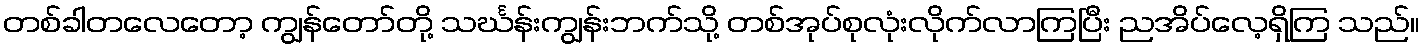
တစ်ခါတလေတော့ ကျွန်တော်တို့ သင်္ဃန်းကျွန်းဘက်သို့ တစ်အုပ်စုလုံးလိုက်လာကြပြီး ညအိပ်လေ့ရှိကြ သည်။